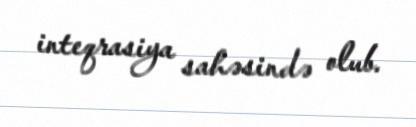
inteqrasiya sahəsində olub.